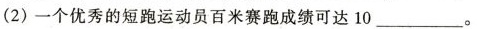
(2) 一个优秀的短跑运动员百米赛跑成绩可达 10 ___ 。